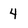
Character: 4